Annual administration and progress report of the Indian Medical Department, Bombay
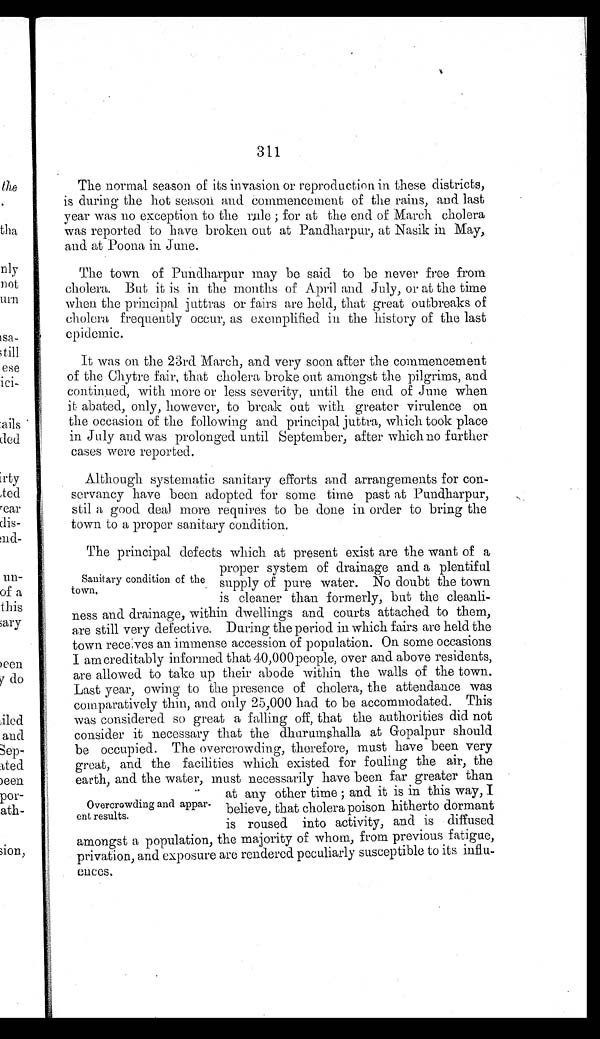
311
The normal season of its invasion or reproduction in these districts,
is during the hot season and commencement of the rains, and last
year was no exception to the rule; for at the end of March cholera
was reported to have broken out at Pandharpur, at Nasik in May,
and at Poona in June.
The town of Pundharpur may be said to be never free from
cholera. But it is in the months of April and July, or at the time
when the principal juttras or fairs are held, that great outbreaks of
cholera frequently occur, as exemplified in the history of the last
epidemic.
It was on the 23rd March, and very soon after the commencement
of the Chytre fair, that cholera broke out amongst the pilgrims, and
continued, with more or less severity, until the end of June when
it abated, only, however, to break out with greater virulence on
the occasion of the following and principal juttra, which took place
in July and was prolonged until September, after which no further
cases were reported.
Although systematic sanitary efforts and arrangements for con
-servancy have been adopted for some time past at Pundharpur,
stil a good deal more requires to be done in order to bring the
town to a proper sanitary condition.
The principal defects which at present exist are the want of a
proper system of drainage and a plentiful
supply of pure water. No doubt the town
is cleaner than formerly, but the cleanli-
-ness and drainage, within dwellings and courts attached to them,
are still very defective. During the period in which fairs are held the
town receives an immense accession of population. On some occasions
I am creditably informed that 40,000 people, over and above residents,
are allowed to take up their abode within the walls of the town.
Last year, owing to the presence of cholera, the attendance was
comparatively thin, and only 25,000 had to be accommodated. This
was considered so great a falling off, that the authorities did not
consider it necessary that the dhurumshalla at Gopalpur should
be occupied. The overcrowding, therefore, must have been very
great, and the facilities which existed for fouling the air, the
earth, and the water, must necessarily have been far greater than
at any other time; and it is in this way, I
believe, that cholera poison hitherto dormant
is roused into activity, and is diffused
amongst a population, the majority of whom, from previous fatigue,
privation, and exposure are rendered peculiarly susceptible to its influ
-ences.
Sanitary condition of the
town.
Overcrowding and appar
-ent results.